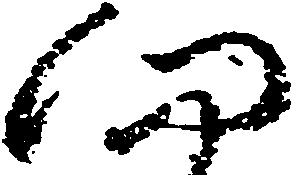
向